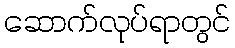
ဆောက်လုပ်ရာတွင်